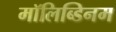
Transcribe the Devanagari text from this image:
मॉलिब्डिनम